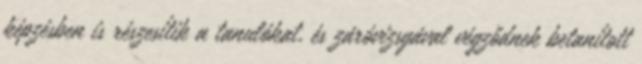
képzésben is részesítik a tanulókat, és záróvizsgával végződnek betanított